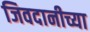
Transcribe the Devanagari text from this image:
जिवदानीच्या